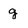
Character: g